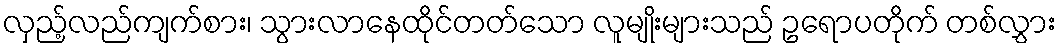
လှည့်လည်ကျက်စား၊ သွားလာနေထိုင်တတ်သော လူမျိုးများသည် ဥရောပတိုက် တစ်လွှား